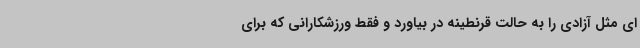
ای مثل آزادی را به حالت قرنطینه در بیاورد و فقط ورزشکارانی که برای